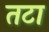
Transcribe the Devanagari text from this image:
तटा